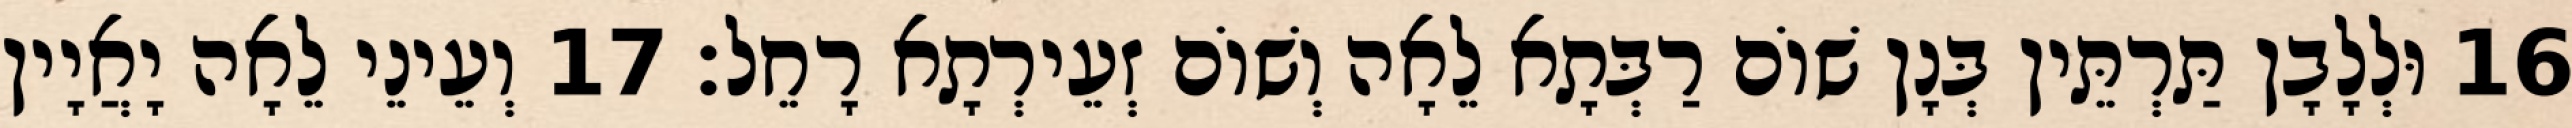
16 וּלְלָבָן תַּרְתֵּין בְּנָן שׁוֹם רַבְּתָא לֵאָה וְשׁוֹם זְעֵירְתָא רָחֵל׃ 17 וְעֵינֵי לֵאָה יָאֲיָין